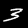
Label: 3